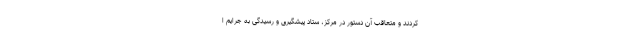
کردند و متعاقب آن دستور در مرکز، ستاد پیشگیری و رسیدگی به جرایم ا